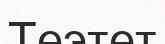
Теэтет